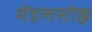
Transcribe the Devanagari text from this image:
मेंडलसोह्न